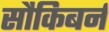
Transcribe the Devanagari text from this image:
सौकिबर्न